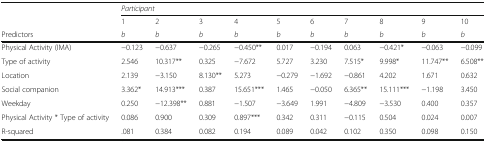
| <ROWSPAN=2>  | <COLSPAN=10> Participant |
 | 1 | 2 | 3 | 4 | 5 | 6 | 7 | 8 | 9 | 10 |
 | Predictors | b | b | b | b | b | b | b | b | b | b |
 | --- | --- | --- | --- | --- | --- | --- | --- | --- | --- | --- |
 | Physical Activity (IMA) | −0.123 | −0.637 | −0.265 | −0.450** | 0.017 | −0.194 | 0.063 | −0.421* | −0.063 | −0.099 |
 | Type of activity | 2.546 | 10.317** | 0.325 | −7.672 | 5.727 | 3.230 | 7.515* | 9.998* | 11.747** | 6.508** |
 | Location | 2.139 | −3.150 | 8.130** | 5.273 | −0.279 | −1.692 | −0.861 | 4.202 | 1.671 | 0.632 |
 | Social companion | 3.362* | 14.913*** | 0.387 | 15.651*** | 1.465 | −0.050 | 6.365** | 15.111*** | −1.198 | 3.450 |
 | Weekday | 0.250 | −12.398** | 0.881 | −1.507 | −3.649 | 1.991 | −4.809 | −3.530 | 0.400 | 0.357 |
 | Physical Activity * Type of activity | 0.086 | 0.900 | 0.309 | 0.897*** | 0.342 | 0.311 | −0.115 | 0.504 | 0.024 | 0.007 |
 | R-squared | .081 | 0.384 | 0.082 | 0.194 | 0.089 | 0.042 | 0.102 | 0.350 | 0.098 | 0.150 |